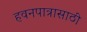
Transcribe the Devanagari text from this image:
हवनपात्रासाठी